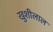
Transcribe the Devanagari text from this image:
खुशीलाल